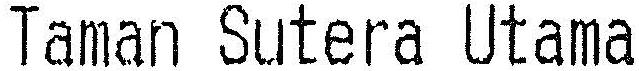
TAMAN SUTERA UTAMA